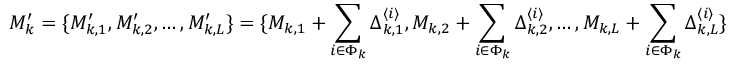
M _ { k } ^ { \prime } = \{ M _ { k , 1 } ^ { \prime } , M _ { k , 2 } ^ { \prime } , \dots , M _ { k , L } ^ { \prime } \} = \{ M _ { k , 1 } + \sum _ { i \in \Phi _ { k } } \Delta _ { k , 1 } ^ { \langle i \rangle } , M _ { k , 2 } + \sum _ { i \in \Phi _ { k } } \Delta _ { k , 2 } ^ { \langle i \rangle } , \dots , M _ { k , L } + \sum _ { i \in \Phi _ { k } } \Delta _ { k , L } ^ { \langle i \rangle } \}